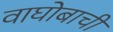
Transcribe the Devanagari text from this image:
वाघोबाची